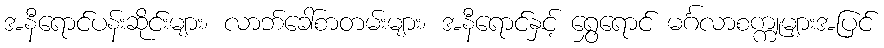
အနီရောင်ပန်းဆိုင်းများ၊ လာဘ်ခေါ်စာတမ်းများ၊ အနီရောင်နှင့် ရွှေရောင် မင်္ဂလာစက္ကူများအပြင်